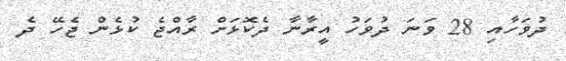
ދުވަހާއި 28 ވަނަ ދުވަހު އީރާނާ ދެކޮޅަށް ރާއްޖެ ކުޅެން ޖެހޭ ދެ